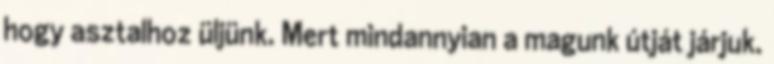
hogy asztalhoz üljünk. Mert mindannyian a magunk útját járjuk.